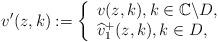
LaTeX: \begin{align*}v'(z,k) := \left \{ \begin{array}{l}v(z,k), k\in \mathbb C \backslash D, \\\widehat{v}_1^+(z,k), k\in D,\end{array}\right .\end{align*}